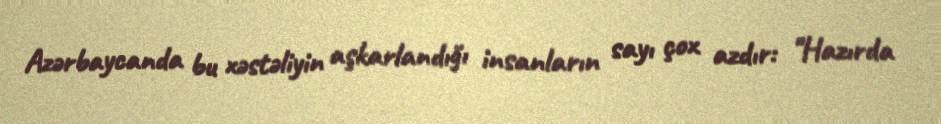
Azərbaycanda bu xəstəliyin aşkarlandığı insanların sayı çox azdır: "Hazırda